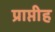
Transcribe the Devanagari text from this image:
प्राप्तीह